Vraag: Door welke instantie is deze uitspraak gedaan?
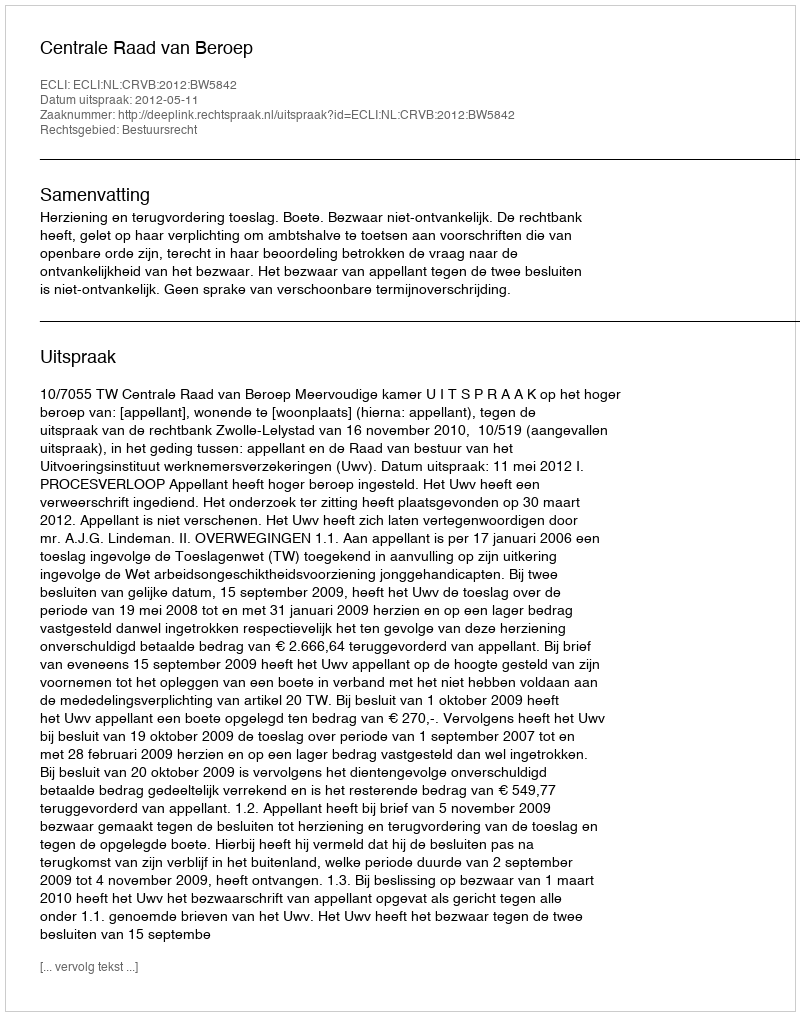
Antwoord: Centrale Raad van Beroep